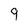
Character: 9